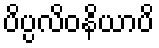
ပိပ္ပလိဝနိယာပိ